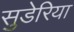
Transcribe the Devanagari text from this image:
सुडेरिया